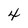
Character: 4